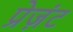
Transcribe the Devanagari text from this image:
प्रेज़ंट